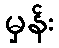
မှန်း